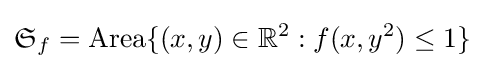
{\mathfrak {S}}_{f}=\operatorname {Area} \{(x,y)\in \mathbb {R} ^{2}:f(x,y^{2})\leq 1\}